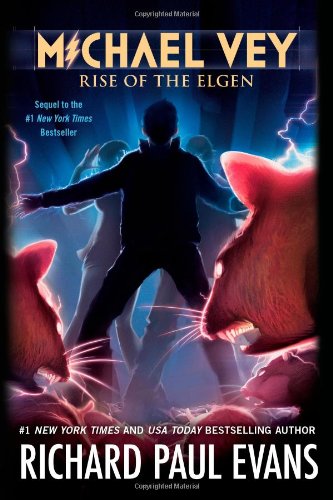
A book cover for Michael Vey 2: Rise of the Elgen; Richard Paul Evans; Teen & Young Adult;